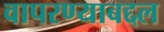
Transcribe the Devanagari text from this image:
वापरण्याबद्दल